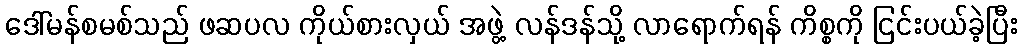
ဒေါ်မန်စမစ်သည် ဖဆပလ ကိုယ်စားလှယ် အဖွဲ့ လန်ဒန်သို့ လာရောက်ရန် ကိစ္စကို ငြင်းပယ်ခဲ့ပြီး